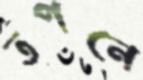
তপনে